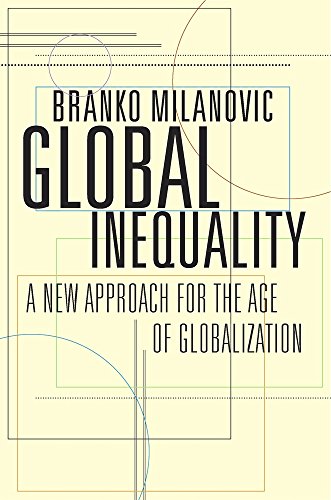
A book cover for Global Inequality: A New Approach for the Age of Globalization; Branko Milanovic; Business & Money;